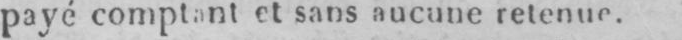
payé comptant et sans aucune retenue.